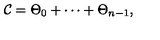
{ \cal C } = \Theta _ { 0 } + \cdots + \Theta _ { n - 1 } ,